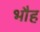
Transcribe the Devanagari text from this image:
भौह